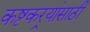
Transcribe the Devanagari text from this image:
कष्टकर्‍यांसाठी